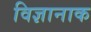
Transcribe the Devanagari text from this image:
विज्ञानाक